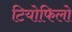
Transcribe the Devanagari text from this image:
टियोफिलो